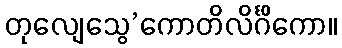
တုလျေသွေ’ကောတိလိင်္ဂိကော။